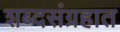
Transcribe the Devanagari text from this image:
शब्दसंग्रहात